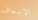
الاسعاف